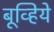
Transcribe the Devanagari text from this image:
बूव्हिये